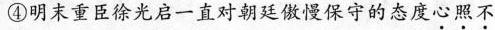
④明末重臣徐光启一直对朝廷傲慢保守的态度心照不